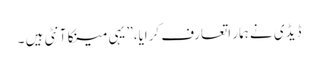
ڈیڈی نے ہمار اتعارف کرایا،” یہی مینکا آنٹی ہیں ۔